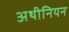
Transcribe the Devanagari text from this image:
अथीनियन